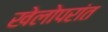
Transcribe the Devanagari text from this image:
खेलोपरांत